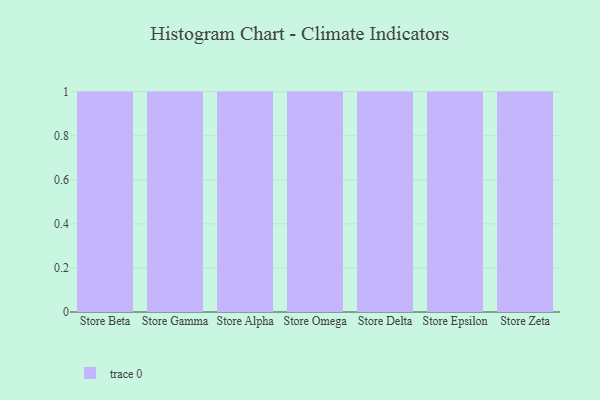
{"axis": {"x": "Store", "y": "Tickets Resolved"}, "legend": [""], "data": [{"x": "Store Beta", "y": 20, "type": ""}, {"x": "Store Gamma", "y": 7, "type": ""}, {"x": "Store Alpha", "y": 91, "type": ""}, {"x": "Store Omega", "y": 56, "type": ""}, {"x": "Store Delta", "y": 79, "type": ""}, {"x": "Store Epsilon", "y": 79, "type": ""}, {"x": "Store Zeta", "y": 1, "type": ""}]}